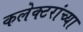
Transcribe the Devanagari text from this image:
कलेक्टरांच्या